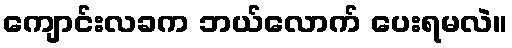
ကျောင်းလခက ဘယ်လောက် ပေးရမလဲ။